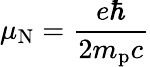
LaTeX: \mu_{\mathrm{N}}={\frac{e\hbar}{2m_{\mathrm{p}}c}}